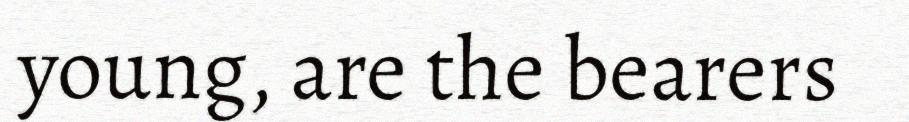
young, are the bearers